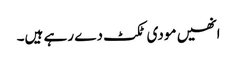
انھیں مودی ٹکٹ دے رہے ہیں۔